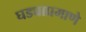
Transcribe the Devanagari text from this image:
घड्याप्रमाणे